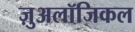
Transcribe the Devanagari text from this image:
ज़ुअलॉजिकल